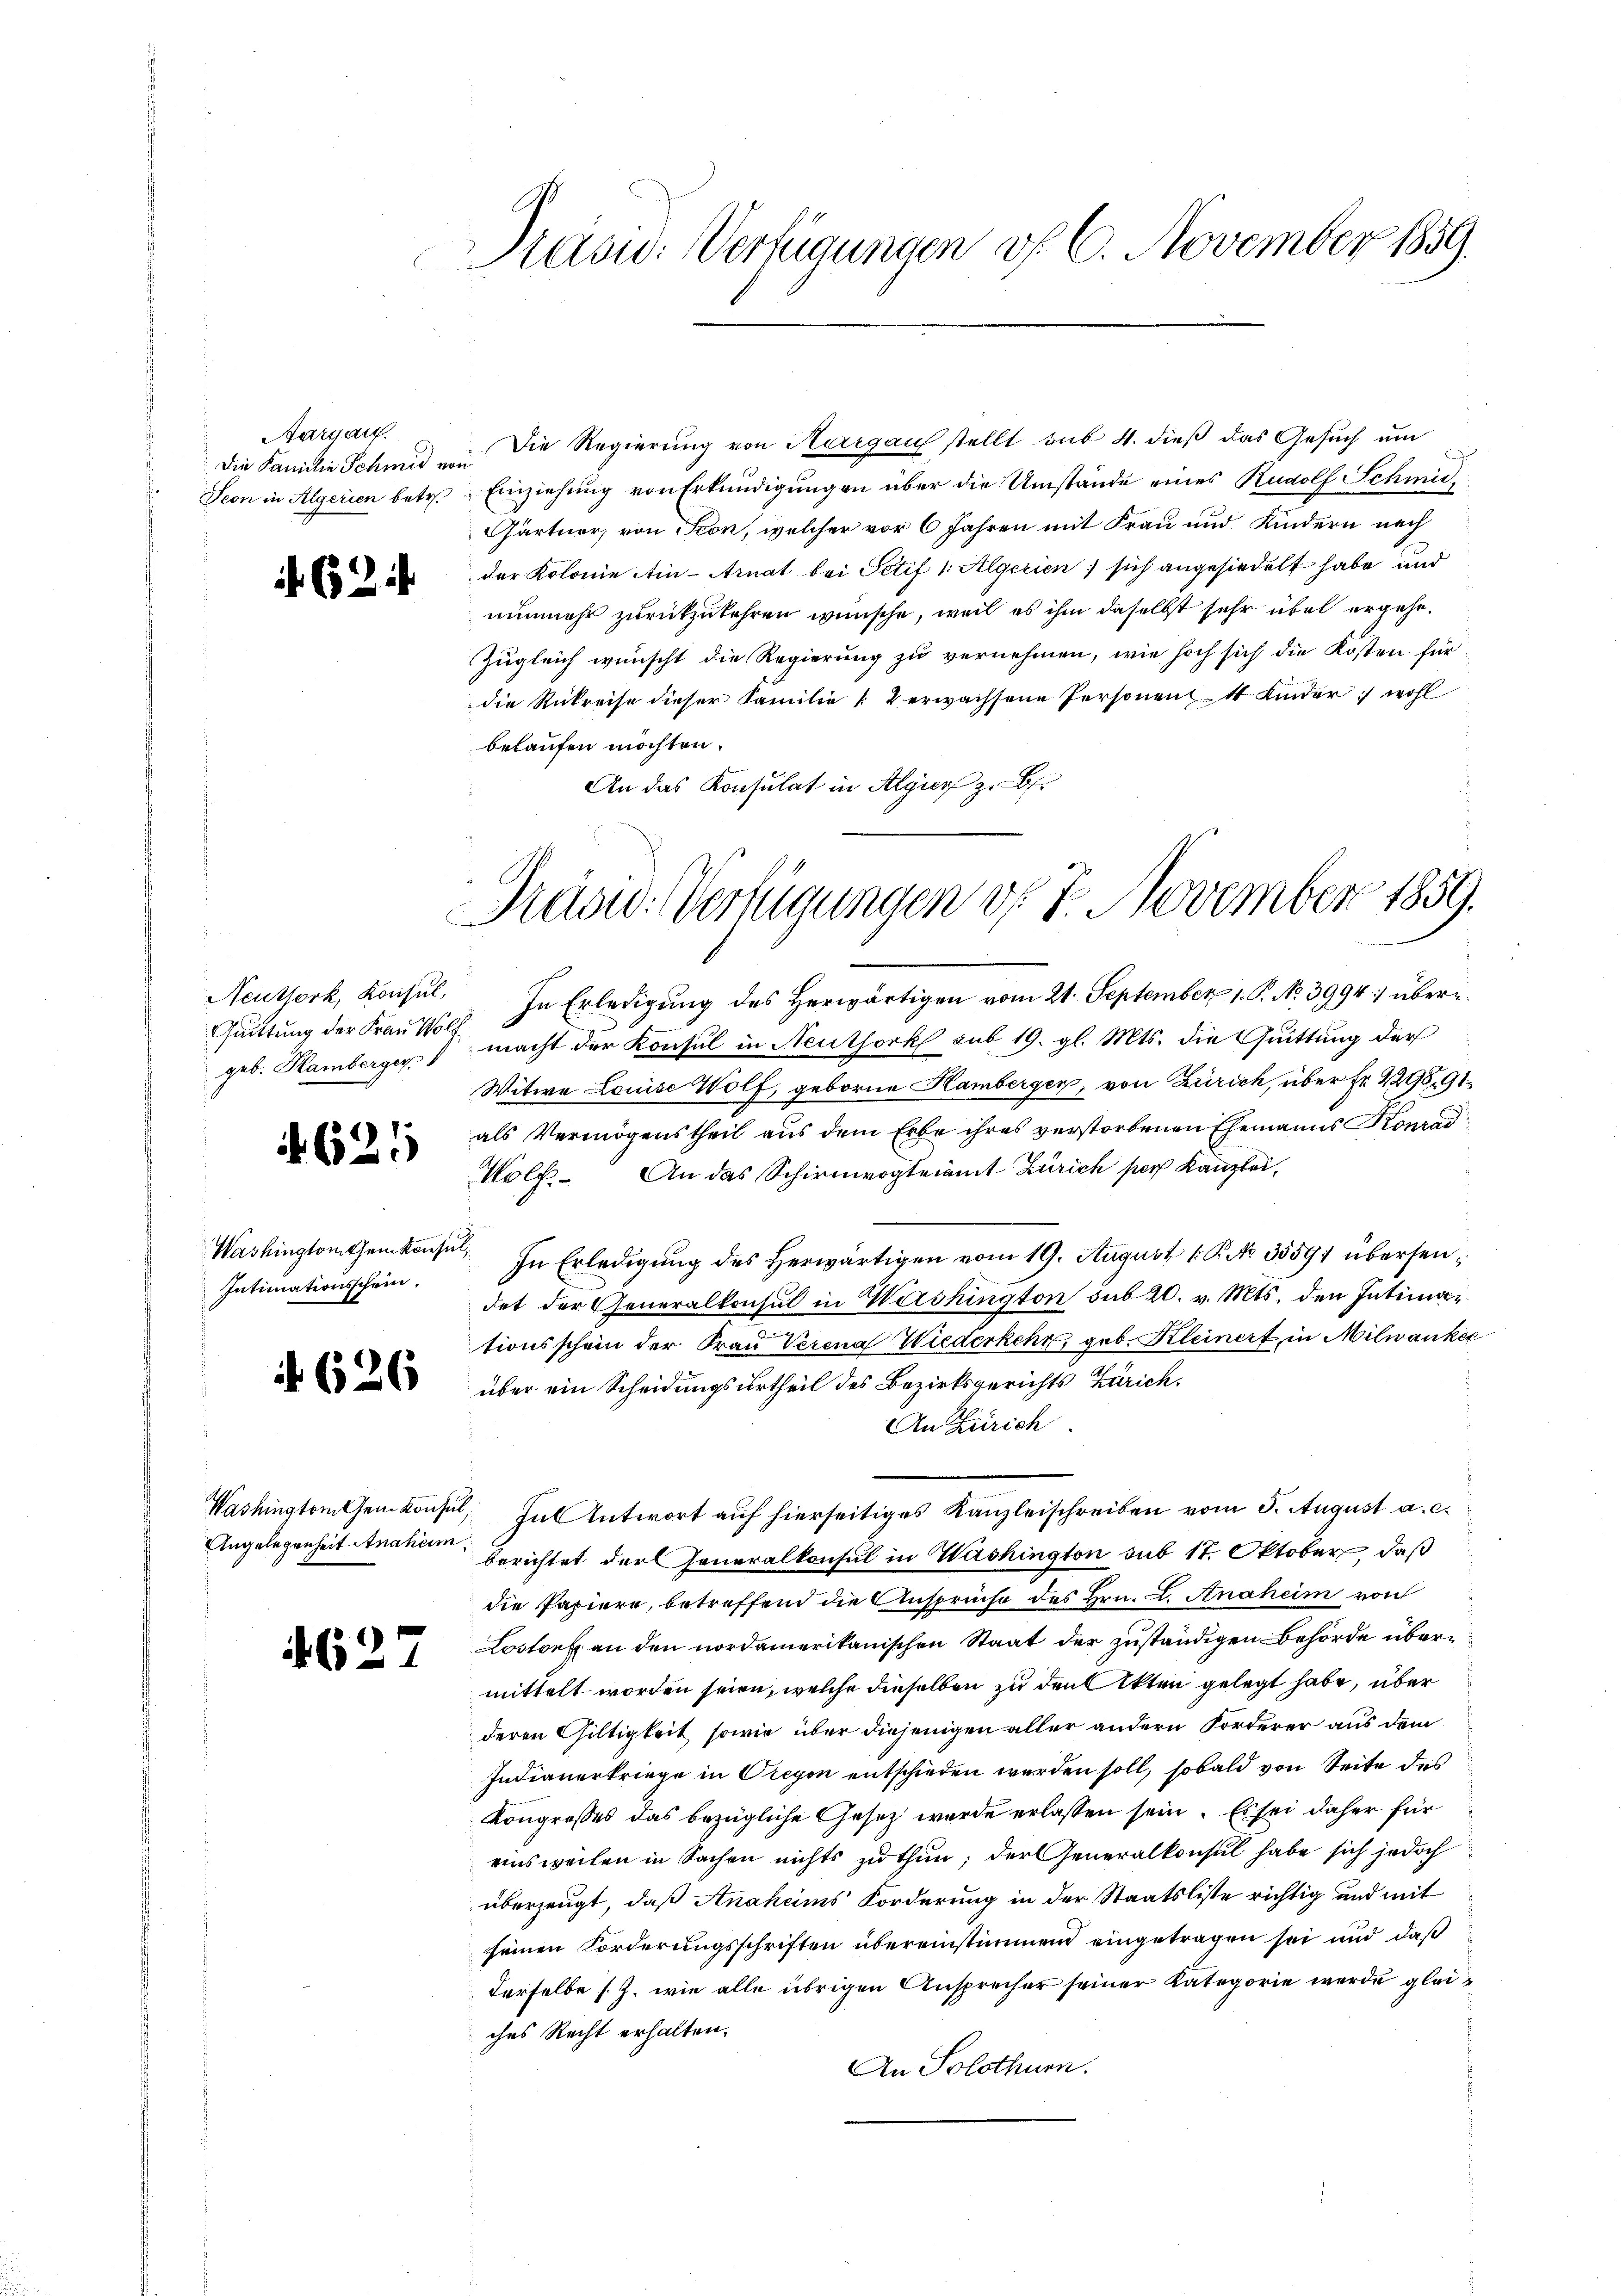
Aargau.
Die Familie Schmid von

624

Quittung der Frau Wolf

621

Intimationsschein.

626

627

Präsid. Verfügungen d. 6. November 1859.

Die Regierung von Aargau stellt sub. 4. dieß das Gesuch um
Seon in Algerien betr. Einziehung von Erkundigungen über die Umstände eines Rudolf Schmie¬
Gärtner, von Seon, welcher vor 6 Jahren mit Frau und Kindern nach
der Kolonie in Arnat bei Petif /: Algerien) sich angesiedelt habe und
nunmehr zurückzukehren wünsche, weil es ihm daselbst sehr übel ergehe.
Zugleich wünscht die Regierung zu vernehmen, wie hoch sich die Kosten für
die Rükreise dieser Familie " 2 erwachsene Personen 4 Kinder :/ wohl
belaufen möchten.
An das Konsulat in Algier z. B.

Präsid. Verfügungen d. 7. November 1859.

Neuttork, Konsŭl. In Erledigŭng des herwärtigen vom 21. September 1. P. No 3994) überges. Hamberger macht der Konsul in Neuthork sub 19. gl. Mts. die Quittung der
Witwe Louise Wolf, geborne Hamberger, von Zürich, über Fr. 4298, 91
als Vermögenstheil aus dem Erbe ihres verstorbenen Ehemanns Konrad
Wolf. An das Schirmvogteiamt Zürich per Kanzlei,
Washingtamtheinkonsul, In Erledigŭng des herwärtigen vom 19. August 1 K. No. 35591 übersendet der Generalkonsul in Washington sub 20. v. Mts. den Intimationsschein der Frau Verena Wiederkehr, geb. Kleinert in Milwanke
über ein Scheidungsurtheil des Bezirksgerichts Zürich.
An Zürich
Washingtontem Konsul, Hut Antwort auf hierseitiges Kanzleischreiben vom 5. August a. c.
Angelegenheit Anaken berichtet der Generalkonsul in Washington sub 17. Oktober, daß
die Papiere, betreffend die Ansprüche des Hrn. L. Anaheim von
Lostorf an den nordamerikanischen Staat der zuständigen Behörde übermittelt worden seien, welche dieselben zu den Akten gelegt habe, über
deren Gültigkeit, sowie über diejenigen aller andern Forderer aus dem
Indianerkriege in Oregen entschieden werden soll, sobald von Seite des
Kongresses das bezügliche Gesetz wurde erlassen sein. Es sei daher für
einsweilen in Sachen nichts zu thun; der Generalkonsul habe sich jedoch
überzeugt, daß Anaheims Forderung in der Staatsliste richtig und mit
seinen Forderungsschriften übereinstimmend eingetragen sei und daß
derselbe s. Z. wie alle übrigen Ansprecher seiner Kategorie wurde gleiches Recht erhalten.
An Solothurn.